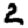
Digit: 2